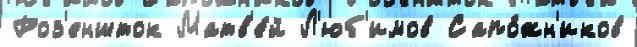
Роз'еншток Матв'е́й Л'юб'имов Сапо́жн'иков